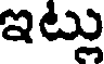
ఇట్లు